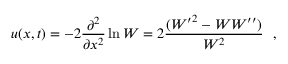
u ( x , t ) = - 2 \frac { \partial ^ { 2 } } { \partial x ^ { 2 } } \ln W = 2 \frac { ( { W ^ { \prime } } ^ { 2 } - W W ^ { \prime \prime } ) } { W ^ { 2 } } ~ ~ ,